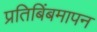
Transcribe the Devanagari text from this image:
प्रतिबिंबमापन